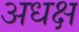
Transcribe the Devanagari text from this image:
अधक्ष